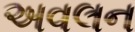
અવલન